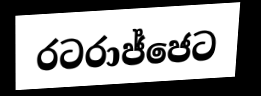
රටරාජ්ජෙට